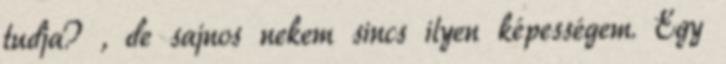
tudja? , de sajnos nekem sincs ilyen képességem. Egy